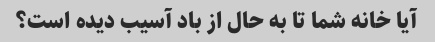
آیا خانه شما تا به حال از باد آسیب دیده است؟